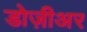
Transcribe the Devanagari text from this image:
डोज़ीअर